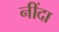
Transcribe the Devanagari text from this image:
नींदा